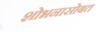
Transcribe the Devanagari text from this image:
शोभनासोबत